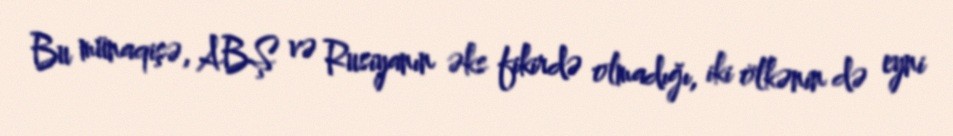
Bu münaqişə, ABŞ və Rusiyanın əks fikirdə olmadığı, iki ölkənin də eyni